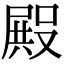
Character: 𭮺